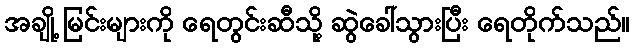
အချို့ မြင်းများကို ရေတွင်းဆီသို့ ဆွဲခေါ်သွားပြီး ရေတိုက်သည်။